Indian journal of veterinary science and animal husbandry - Volume 10,
Year: 1940
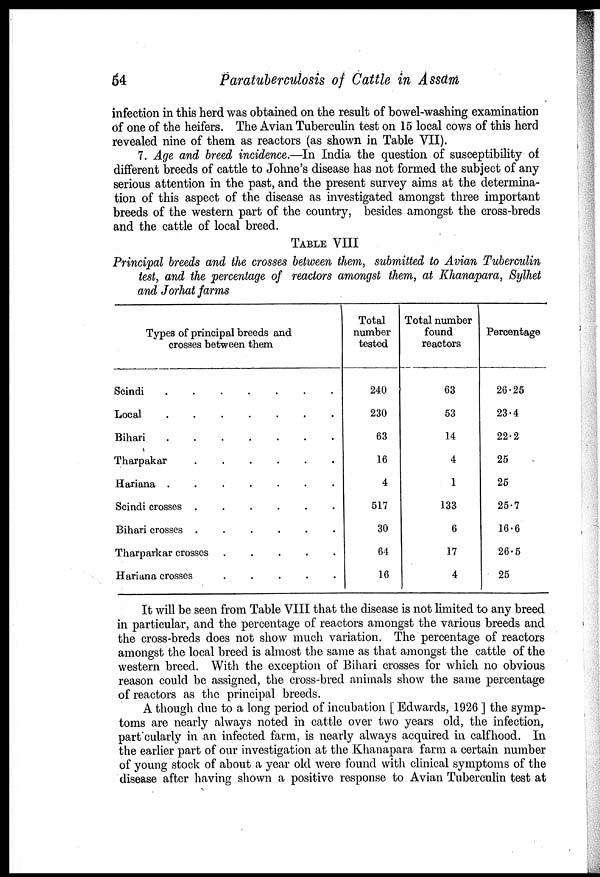
54
Paratuberculosis of Cattle in Assam
infection in this herd was obtained on the result of bowel-washing examination
of one of the heifers. The Avian Tuberculin test on 15 local cows of this herd
revealed nine of them as reactors (as shown in Table VII).
7. Age and breed incidence.—In India the question of susceptibility of
different breeds of cattle to Johne's disease has not formed the subject of any-
serious attention in the past, and the present survey aims at the determina-
tion of this aspect of the disease as investigated amongst three important
breeds of the western part of the country, besides amongst the cross-breds
and the cattle of local breed.
TABLE VIII
Principal breeds and the crosses between them, submitted to Avian Tuberculin
test, and the percentage of reactors amongst them, at Khanapara, Sylhet
and Jorhat farms
Types of principal breeds and
crosses between them
Scindi
.
.
.
.
.
.
.
Local
.
.
.
.
.
.
.
Bihari
.
.
.
.
.
.
.
Tharpakar
.
.
.
.
.
.
.
Hariana
.
.
.
.
.
.
.
Scindi crosses
.
.
.
.
.
.
.
Bihari crosses
.
.
.
.
.
.
.
Tharparkar crosses . . . . . . .
Hariana crosses . . . . . . .
Total
number
tested
240
230
63
16
4
517
30
64
16
Total number
found
reactors
63
53
14
4
1
133
6
17
4
Percentage
26.25
23.4
22.2
25
25
25.7
16.6
26.5
25
It will be seen from Table VIII that the disease is not limited to any breed
in particular, and the percentage of reactors amongst the various breeds and
the cross-breds does not show much variation. The percentage of reactors
amongst the local breed is almost the same as that amongst the cattle of the
western breed. With the exception of Bihari crosses for which no obvious
reason could be assigned, the cross-bred animals show the same percentage
of reactors as the principal breeds.
A though due to a long period of incubation [ Edwards, 1926 ] the symp-
toms are nearly always noted in cattle over two years old, the infection,
part cularly in an infected farm, is nearly always acquired in calf hood. In
the earlier part of our investigation at the Khanapara farm a certain number
of young stock of about a year old were found with clinical symptoms of the
disease after having shown a positive response to Avian Tuberculin test at